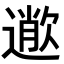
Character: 𣤎